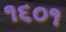
૧૬૦૧